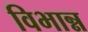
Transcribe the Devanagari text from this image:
विभान्न